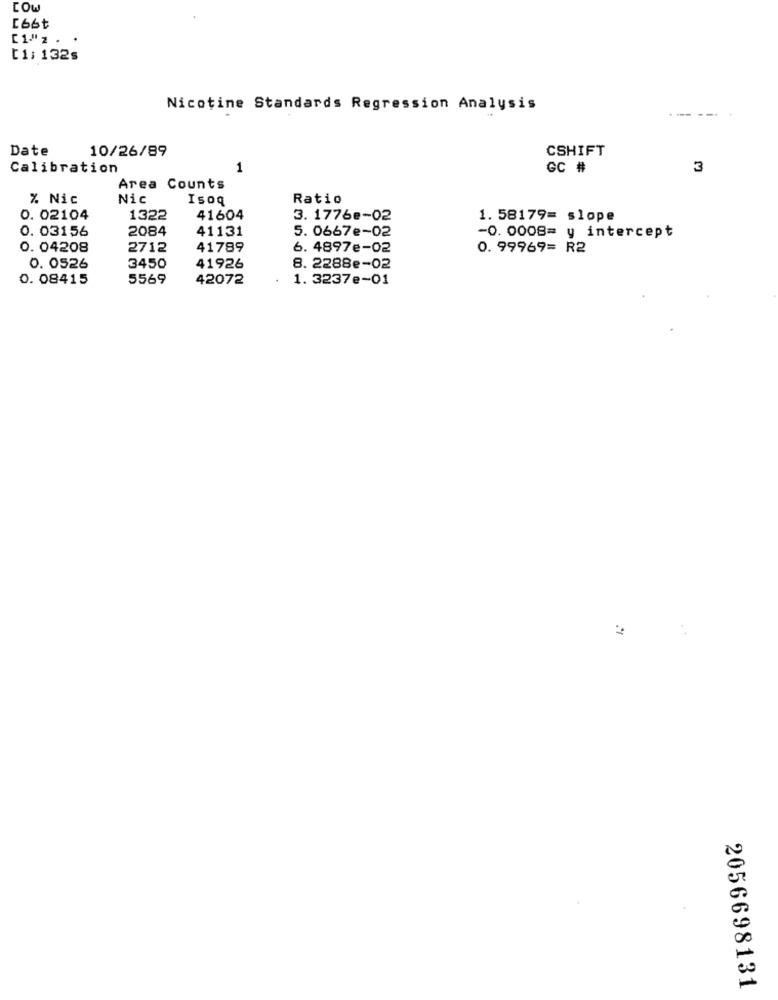
COW
[66t
[1: 132s
Nicotine Standards Regression Analysis
-- ---
Date
10/26/89
CSHIFT
Calibration
1
GC #
3
Area Counts
% Nic
Nic
Isoq
Ratio
0. 02104
1322
41604
3. 1776e-02
1. 58179= slope
0. 03156
2084
41131
5. 0667e-02
-0. 0008= y intercept
0. 04208
2712
41789
6. 4897e-02
0. 99969= R2
0. 0526
3450
41926
8. 2288e-02
0. 08415
5569
42072
1. 3237e-01
2056698131